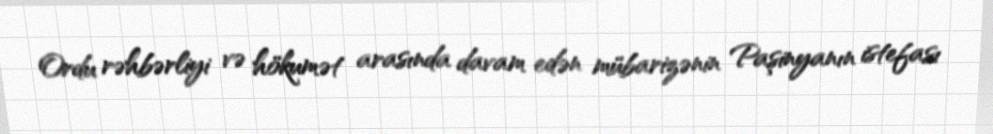
Ordu rəhbərliyi və hökumət arasında davam edən mübarizənin Paşinyanın istefası